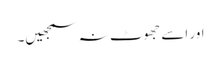
اور اسے جھوٹ نہ سمجھیں۔